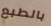
بالطبع